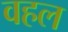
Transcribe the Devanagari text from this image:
वहल